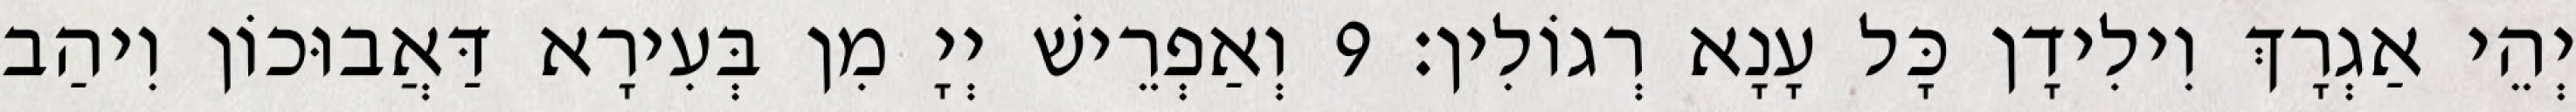
יְהֵי אַגְרָךְ וִילִידָן כָּל עָנָא רְגוֹלִין׃ 9 וְאַפְרֵישׁ יְיָ מִן בְּעִירָא דַּאֲבוּכוֹן וִיהַב